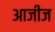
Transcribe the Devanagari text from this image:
आजीज